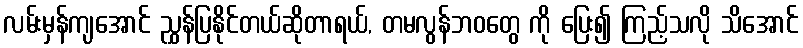
လမ်းမှန်ကျအောင် ညွှန်ပြနိုင်တယ်ဆိုတာရယ်, တမလွန်ဘဝတွေ ကို ပြေး၍ ကြည့်သလို သိအောင်